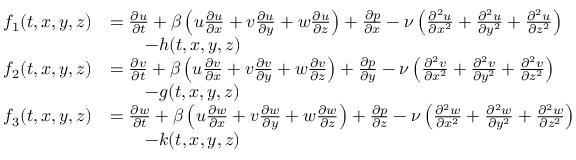
\begin{array} { r l } { f _ { 1 } ( t , x , y , z ) } & { = \frac { \partial u } { \partial t } + \beta \left( u \frac { \partial u } { \partial x } + v \frac { \partial u } { \partial y } + w \frac { \partial u } { \partial z } \right) + \frac { \partial p } { \partial x } - \nu \left( \frac { \partial ^ { 2 } u } { \partial x ^ { 2 } } + \frac { \partial ^ { 2 } u } { \partial y ^ { 2 } } + \frac { \partial ^ { 2 } u } { \partial z ^ { 2 } } \right) } \\ & { \qquad - h ( t , x , y , z ) } \\ { f _ { 2 } ( t , x , y , z ) } & { = \frac { \partial v } { \partial t } + \beta \left( u \frac { \partial v } { \partial x } + v \frac { \partial v } { \partial y } + w \frac { \partial v } { \partial z } \right) + \frac { \partial p } { \partial y } - \nu \left( \frac { \partial ^ { 2 } v } { \partial x ^ { 2 } } + \frac { \partial ^ { 2 } v } { \partial y ^ { 2 } } + \frac { \partial ^ { 2 } v } { \partial z ^ { 2 } } \right) } \\ & { \qquad - g ( t , x , y , z ) } \\ { f _ { 3 } ( t , x , y , z ) } & { = \frac { \partial w } { \partial t } + \beta \left( u \frac { \partial w } { \partial x } + v \frac { \partial w } { \partial y } + w \frac { \partial w } { \partial z } \right) + \frac { \partial p } { \partial z } - \nu \left( \frac { \partial ^ { 2 } w } { \partial x ^ { 2 } } + \frac { \partial ^ { 2 } w } { \partial y ^ { 2 } } + \frac { \partial ^ { 2 } w } { \partial z ^ { 2 } } \right) } \\ & { \qquad - k ( t , x , y , z ) } \end{array}